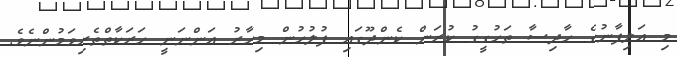
މި އަލިފާނުގެ ހާދިސާ ތަހުގީގު ކުރަން ކެންދޫގައި ފުލުހުން މިހާރު އަންނަނީ ހަރަކާތްތެރިވަމުންނެވެ.